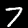
Digit: 7